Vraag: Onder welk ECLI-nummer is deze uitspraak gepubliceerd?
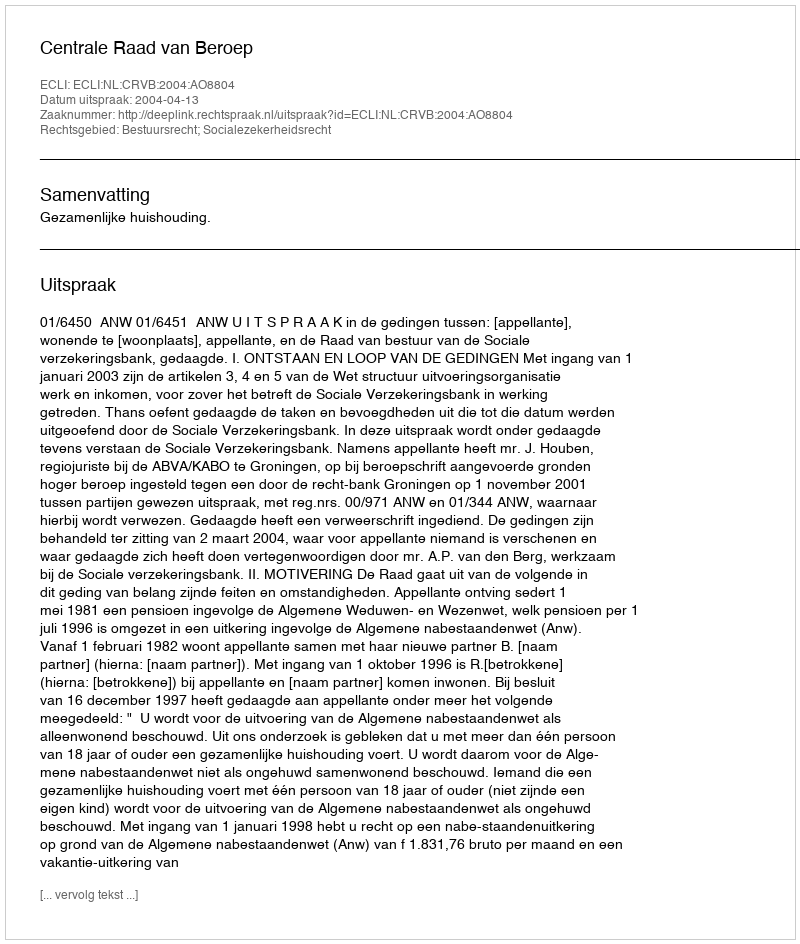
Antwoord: ECLI:NL:CRVB:2004:AO8804